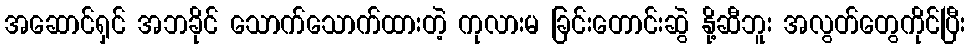
အဆောင်ရှင် အဘခိုင် သောက်သောက်ထားတဲ့ ကုလားမ ခြင်းတောင်းဆွဲ နို့ဆီဘူး အလွတ်တွေကိုင်ပြီး